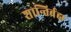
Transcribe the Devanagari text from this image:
शान्तिर्ब्रह्म